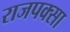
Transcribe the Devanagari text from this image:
राजपक्सा